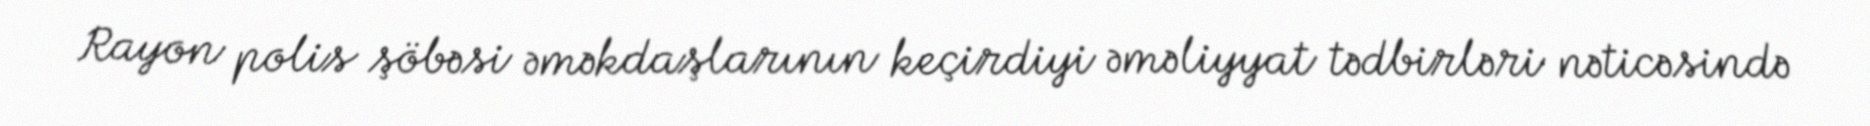
Rayon polis şöbəsi əməkdaşlarının keçirdiyi əməliyyat tədbirləri nəticəsində